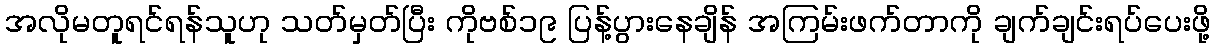
အလိုမတူရင်ရန်သူဟု သတ်မှတ်ပြီး ကိုဗစ်၁၉ ပြန့်ပွားနေချိန် အကြမ်းဖက်တာကို ချက်ချင်းရပ်ပေးဖို့